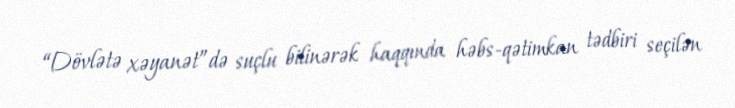
“Dövlətə xəyanət”də suçlu bilinərək haqqında həbs-qətimkan tədbiri seçilən